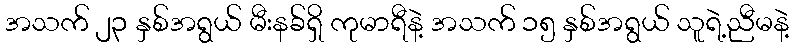
အသက် ၂၃ နှစ်အရွယ် မီးနခ်ရှိ ကုမာရီနဲ့ အသက် ၁၅ နှစ်အရွယ် သူရဲ့ညီမနဲ့